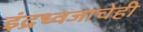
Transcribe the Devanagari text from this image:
इंद्रध्वजाचेही